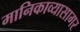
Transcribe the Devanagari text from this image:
मानिकाव्यासागर